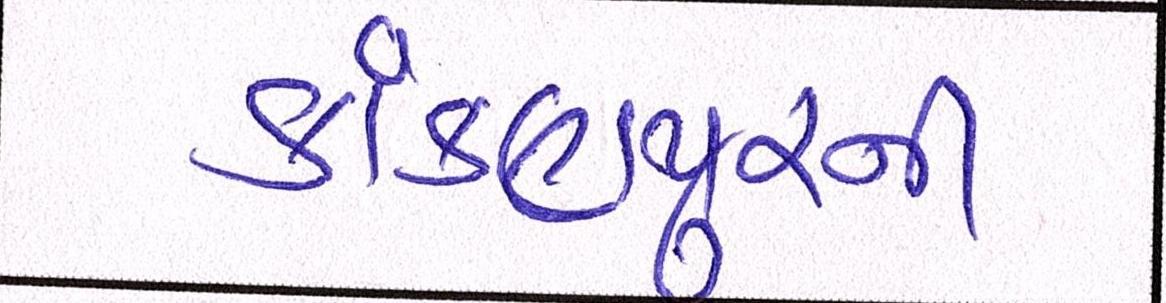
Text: કાંકણપુરની